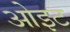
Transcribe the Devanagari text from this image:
ओइट